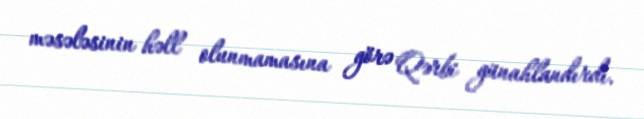
məsələsinin həll olunmamasına görə Qərbi günahlandırdı.